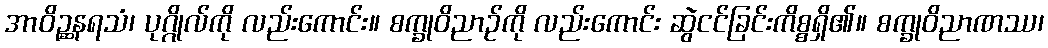
အာဝိဉ္ဆနရသံ၊ ပုဂ္ဂိုလ်ကို လည်းကောင်း။ စက္ခုဝိညာဉ်ကို လည်းကောင်း ဆွဲငင်ခြင်းကိစ္စရှိ၏။ စက္ခုဝိညာဏဿ၊